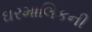
ઘરમાલિકની